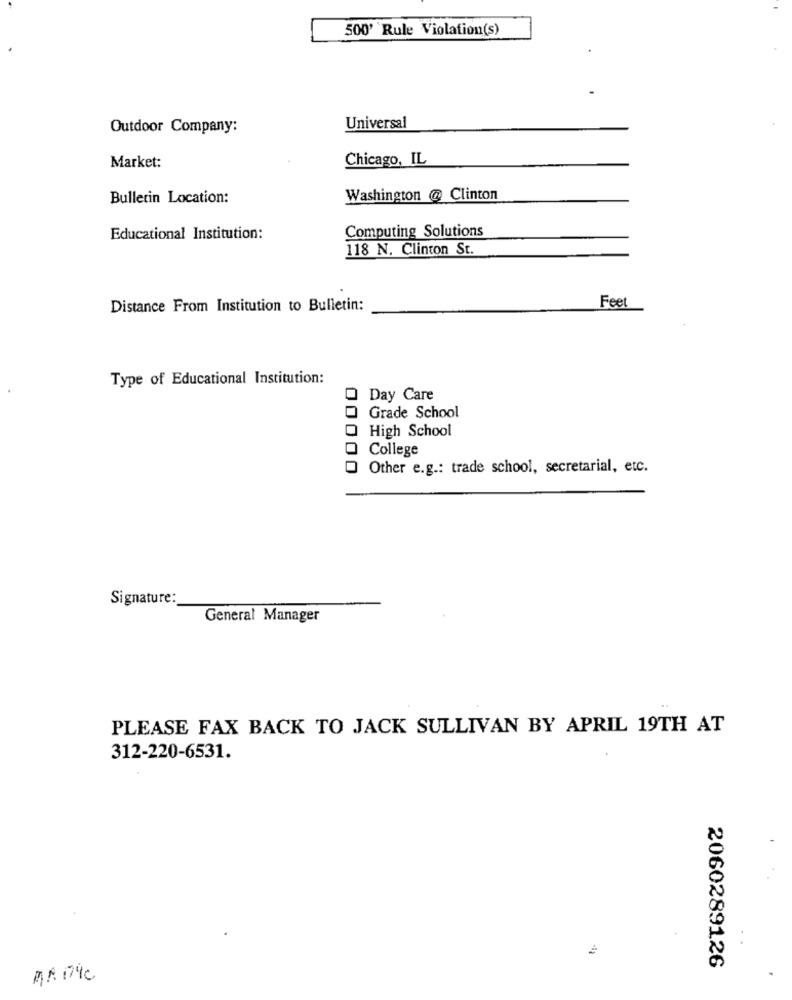
500' Rule Violation(s)
Outdoor Company:
Universal
Chicago, IL
Market:
Bulletin Location:
Washington @ Clinton
Computing Solutions
Educational Institution:
118 N. Clinton St.
Distance From Institution to Bulletin:
Feet
Type of Educational Institution:
Day Care
Grade School
High School
College
Other e.g .: trade school, secretarial, etc.
Signature:
General Manager
PLEASE FAX BACK TO JACK SULLIVAN BY APRIL 19TH AT
312-220-6531.
2060289126